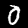
Label: 0